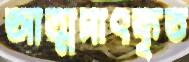
আত্মসাৎকৃত